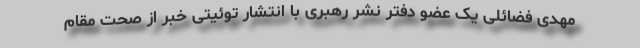
مهدی فضائلی یک عضو دفتر نشر رهبری با انتشار توئیتی خبر از صحت مقام